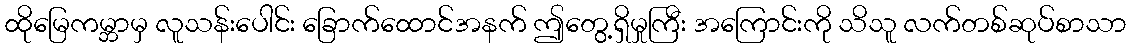
ထိုမြေကမ္ဘာမှ လူသန်းပေါင်း ခြောက်ထောင်အနက် ဤတွေ့ရှိမှုကြီး အကြောင်းကို သိသူ လက်တစ်ဆုပ်စာသာ